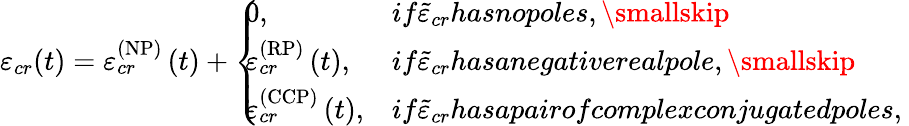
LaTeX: \varepsilon_{cr}(t)=\varepsilon_{cr}^{\left(\mathrm{NP}\right)}\left(t\right)+\left\{ \! \! \! \begin{array}{ll}{0,}&{if\tilde{\varepsilon}_{cr}hasnopoles,\smallskip}\\ {\varepsilon_{cr}^{\left(\mathrm{RP}\right)}\left(t\right),}&{if\tilde{\varepsilon}_{cr}hasanegativerealpole,\smallskip}\\ {\varepsilon_{cr}^{\left(\mathrm{CCP}\right)}\left(t\right),}&{if\tilde{\varepsilon}_{cr}hasapairofcomplexconjugatedpoles,}\end{array}\ \right.